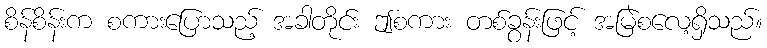
စိန်စိန်းက စကားပြောသည့် အခါတိုင်း ဤစကား တစ်ခွန်းဖြင့် အမြဲစလေ့ရှိသည်။